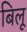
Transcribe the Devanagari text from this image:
बिलू